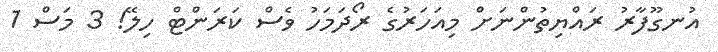
އުނގޫފާރު ރައްޔިތުންނަށް މިއަހަރުގެ ރޯދަމަހު ވެސް ކަރަންޓް ހިލޭ! 3 މަސް 1